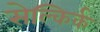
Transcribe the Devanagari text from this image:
सेल्किर्क